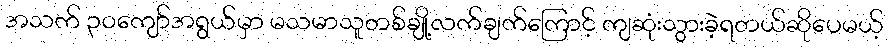
အသက် ၃၀ကျော်အရွယ်မှာ မသမာသူတစ်ချို့လက်ချက်ကြောင့် ကျဆုံးသွားခဲ့ရတယ်ဆိုပေမယ့်